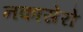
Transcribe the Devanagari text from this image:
नकासेरो